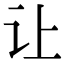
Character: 让